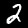
Digit: 2